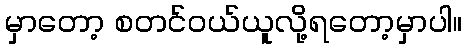
မှာတော့ စတင်၀ယ်ယူလို့ရတော့မှာပါ။